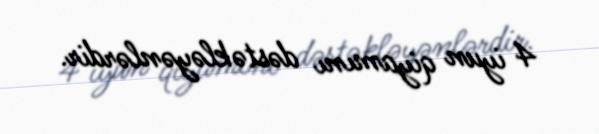
4 iyun qiyamını dəstəkləyənlərdir.